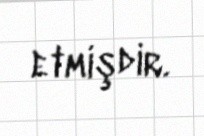
etmişdir.